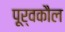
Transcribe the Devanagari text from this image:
पूर्वकौल